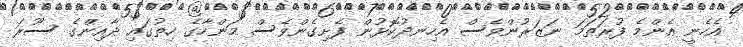
އެހެނީ އެންމެ ފުރަތަމަ ނަޒަރުންވެސް އެހިނދުކޮޅުން ފެށިގެންވެސް މަންހާގެ ހިތުގައި ދާއިންގެ ސޫރަ